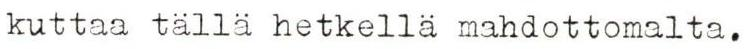
kuttaa tällä hetkellä mahdottomalta.